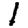
Digit: 1